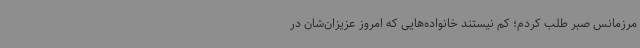
مرزمانس صبر طلب کردم؛ کم نیستند خانواده‌هایی که امروز عزیزان‌شان در